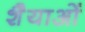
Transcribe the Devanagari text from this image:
शैैयाओं